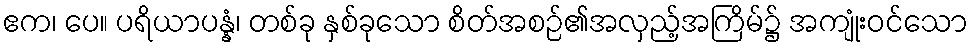
ဧက၊ ပေ။ ပရိယာပန္နံ၊ တစ်ခု နှစ်ခုသော စိတ်အစဉ်၏အလှည့်အကြိမ်၌ အကျုံးဝင်သော